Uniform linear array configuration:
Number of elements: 16
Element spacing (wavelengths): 0.75
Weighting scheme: hann
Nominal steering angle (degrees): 45
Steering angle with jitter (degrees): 45.081
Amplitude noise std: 0.05
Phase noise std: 0.05

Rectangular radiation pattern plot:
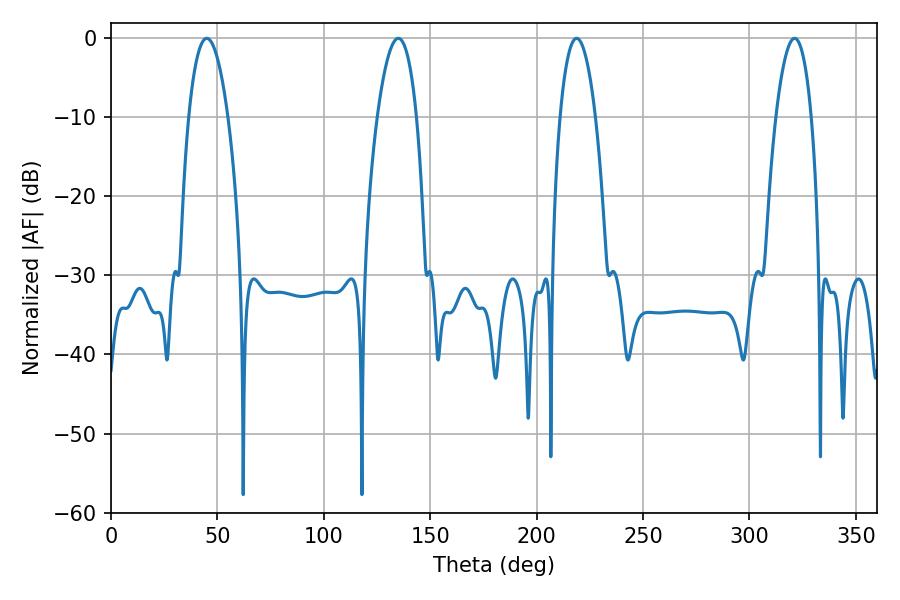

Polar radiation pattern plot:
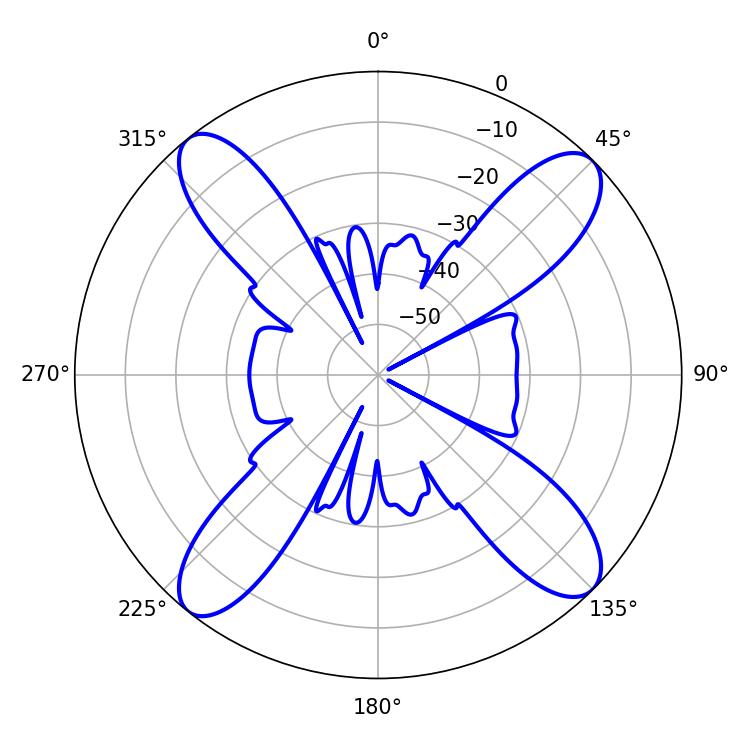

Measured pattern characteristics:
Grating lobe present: TRUE
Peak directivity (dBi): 15.668
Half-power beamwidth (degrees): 10.26
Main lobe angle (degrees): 45